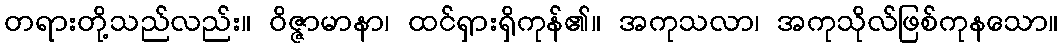
တရားတို့သည်လည်း။ ဝိဇ္ဇာမာနာ၊ ထင်ရှားရှိကုန်၏။ အကုသလာ၊ အကုသိုလ်ဖြစ်ကုနသော။